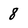
Character: 8